Insane asylums in Bengal annual reports 1867-1875 - 1867-1875
Year: 1867
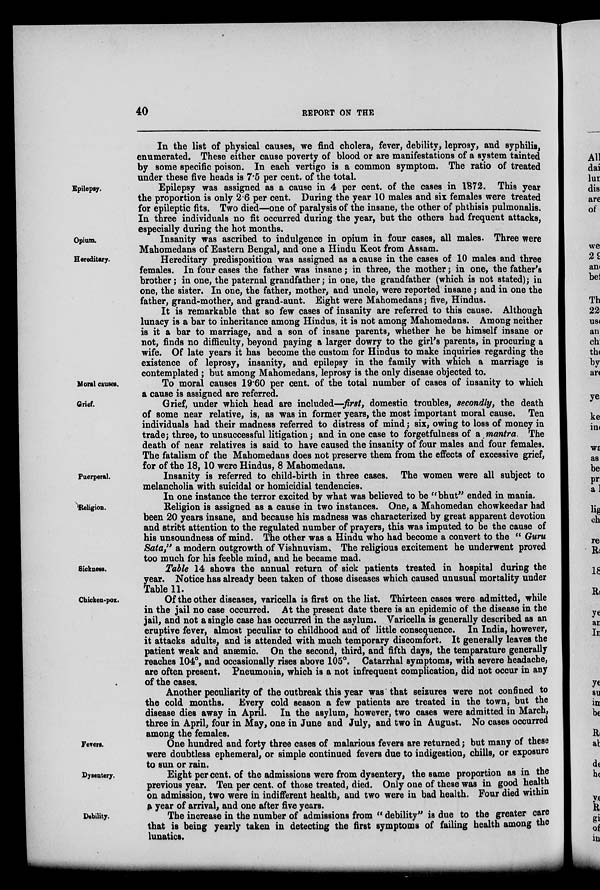
40
REPORT ON THE
In the list of physical causes, we find cholera, fever, debility, leprosy, and syphilis,
enumerated. These either cause poverty of blood or are manifestations of a system tainted
by some specific poison. In each vertigo is a common symptom. The ratio of treated
under these five heads is 7.5 per cent. of the total.
Epilepsy.
Epilepsy was assigned as a cause in 4 per cent. of the cases in 1872. This year
the proportion is only 2.6 per cent. During the year 10 males and six females were treated
for epileptic fits. Two died—one of paralysis of the insane, the other of phthisis pulmonalis.
In three individuals no fit occurred during the year, but the others had frequent attacks,
especially during the hot months.
Opium.
Insanity was ascribed to indulgence in opium in four cases, all males. Three were
Mahomedans of Eastern Bengal, and one a Hindu Keot from Assam.
Hereditary.
Hereditary predisposition was assigned as a cause in the cases of 10 males and three
females. In four cases the father was insane; in three, the mother; in one, the father's
brother; in one, the paternal grandfather; in one, the grandfather (which is not stated); in
one, the sister. In one, the father, mother, and uncle, were reported insane; and in one the
father, grand-mother, and grand-aunt. Eight were Mahomedans; five, Hindus.
It is remarkable that so few cases of insanity are referred to this cause. Although
lunacy is a bar to inheritance among Hindus, it is not among Mahomedans. Among neither
is it a bar to marriage, and a son of insane parents, whether he be himself insane or
not, finds no difficulty, beyond paying a larger dowry to the girl's parents, in procuring a
wife. Of late years it has become the custom for Hindus to make inquiries regarding the
existence of leprosy, insanity, and epilepsy in the family with which a marriage is
contemplated; but among Mahomedans, leprosy is the only disease objected to.
Moral causes.
To moral causes 19.60 per cent. of the total number of cases of insanity to which
a cause is assigned are referred.
Grief.
Grief, under which head are included—first, domestic troubles, secondly, the death
of some near relative, is, as was in former years, the most important moral cause.
Ten
individuals had their madness referred to distress of mind; six, owing to loss of money in
trade; three, to unsuccessful litigation; and in one case to forgetfulness of a mantra.
The
death of near relatives is said to have caused the insanity of four males and four females.
The fatalism of the Mahomedans does not preserve them from the effects of excessive grief,
for of the 18, 10 were Hindus, 8 Mahomedans.
Puerperal.
Insanity is referred to child-birth in three cases. The women were all subject to
melancholia with suicidal or homicidial tendencies.
Religion.
In one instance the terror excited by what was believed to be "bhut" ended in mania.
Religion is assigned as a cause in two instances. One, a Mahomedan chowkeedar had
been 20 years insane, and because his madness was characterized by great apparent devotion
and strict attention to the regulated number of prayers, this was imputed to be the cause of
his unsoundness of mind. The other was a Hindu who had become a convert to the " Guru
Sata," a modern outgrowth of Vishnuvism. The religious excitement he underwent proved
too much for his feeble mind, and he became mad.
Sickness.
Table 14 shows the annual return of sick patients treated in hospital during the
year. Notice has already been taken of those diseases which caused unusual mortality under
Table 11.
Chicken-pox.
Of the other diseases, varicella is first on the list. Thirteen cases were admitted, while
in the jail no case occurred.
At the present date there is an epidemic of the disease in the
jail, and not a single case has occurred in the asylum. Varicella is generally described as an
eruptive fever, almost peculiar to childhood and of little consequence.
In India, however,
it attacks adults, and is attended with much temporary discomfort. It generally leaves the
patient weak and anæmic. On the second, third, and fifth days, the temparature generally
reaches 104°, and occasionally rises above 105°. Catarrhal symptoms, with severe headache,
are often present. Pneumonia, which is a not infrequent complication, did not occur in any
of the cases.
Another peculiarity of the outbreak this year was that seizures were not confined to
the cold months.
Every cold season a few patients are treated in the town, but the
disease dies away in April.
In the asylum, however, two cases were admitted in March,
three in April, four in May, one in June and July, and two in August. No cases occurred
among the females.
Fevers.
One hundred and forty three cases of malarious fevers are returned; but many of these
were doubtless ephemeral, or simple continued fevers due to indigestion, chills, or exposure
to sun or rain.
Dysentery.
Eight per cent. of the admissions were from dysentery, the same proportion as in the
previous year. Ten per cent. of those treated, died. Only one of these was in good health
on admission, two were in indifferent health, and two were in bad health. Four died within
a year of arrival, and one after five years.
Debility.
The increase in the number of admissions from " debility" is due to the greater care
that is being yearly taken in detecting the first symptoms of failing health among the
lunatics.